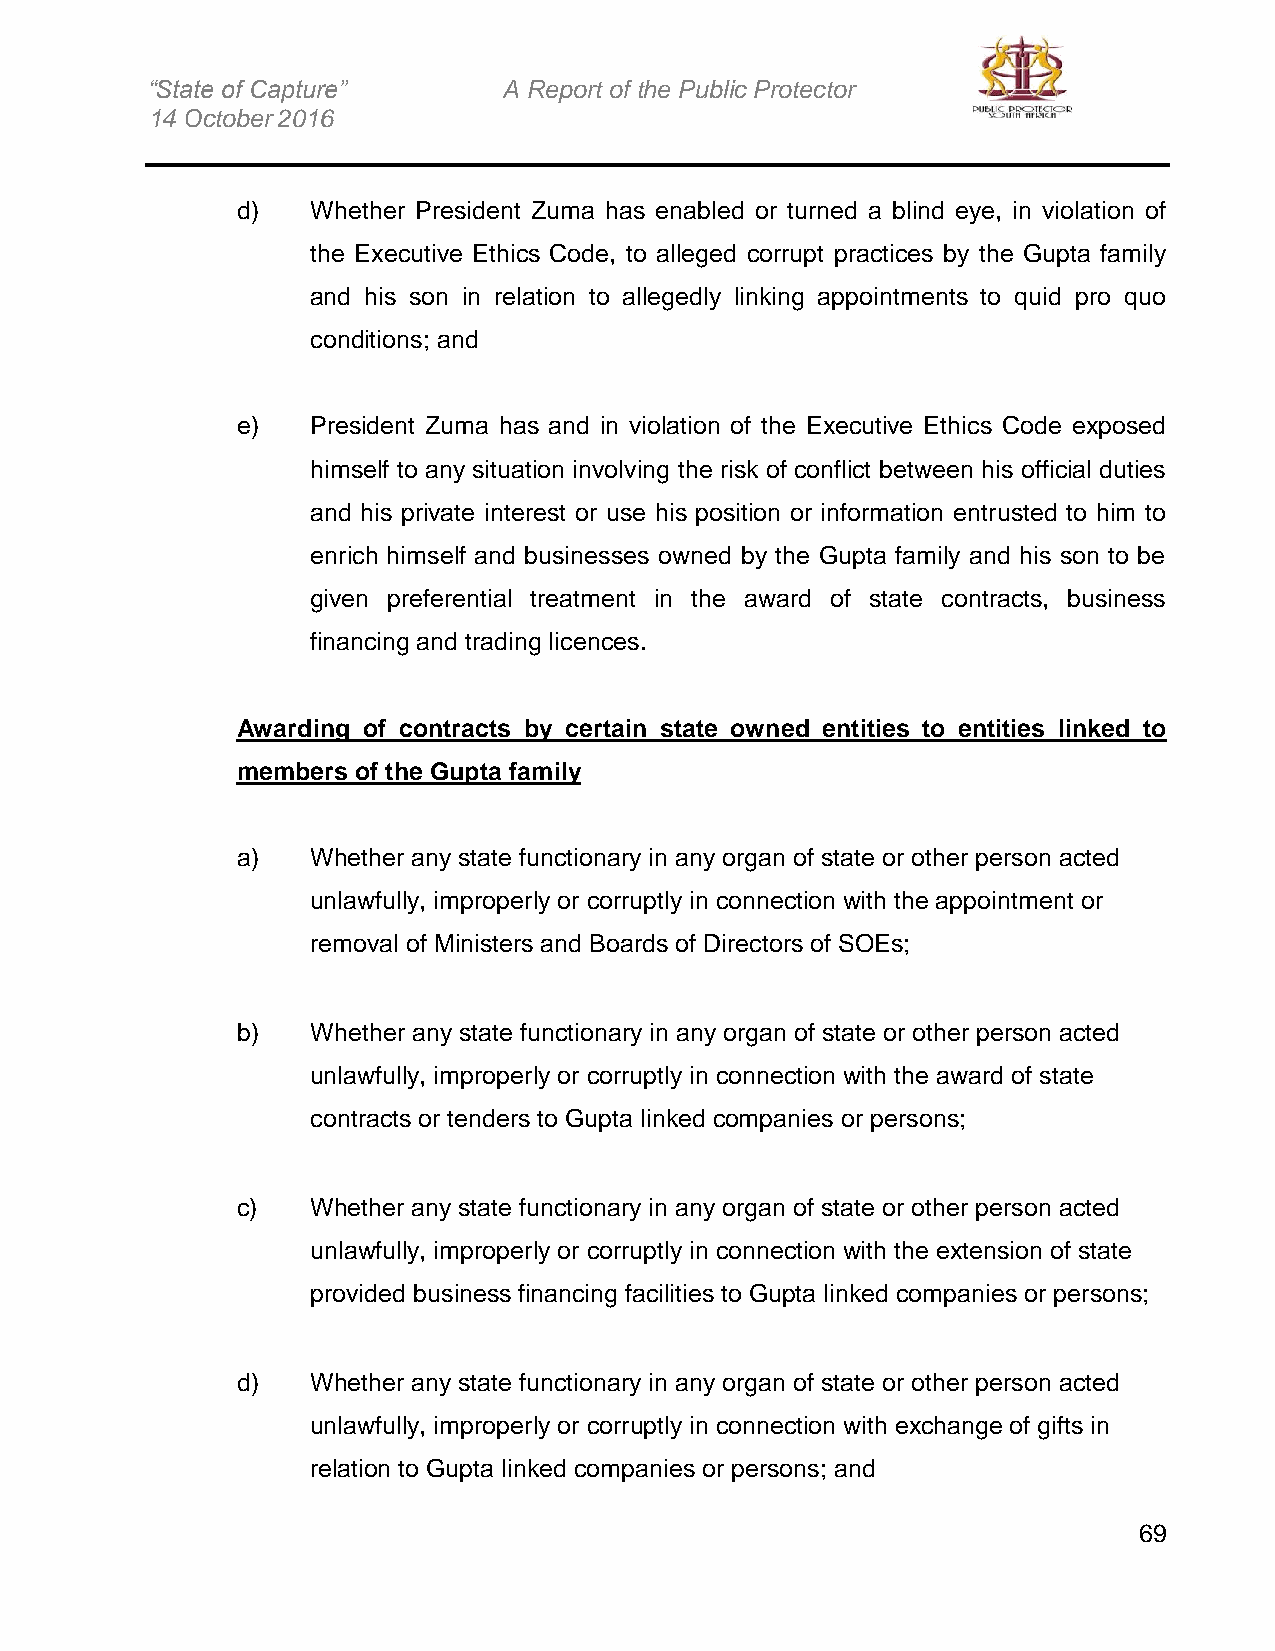
“State of Capture”     A Report of the Public Protector
 14 October 2016
 d)   Whether President Zuma has enabled or turned a blind eye, in violation of
 the Executive Ethics Code, to alleged corrupt practices by the Gupta family
 and his son in relation to allegedly linking appointments to quid pro quo
 conditions; and
 e)   President Zuma has and in violation of the Executive Ethics Code exposed
 himself to any situation involving the risk of conflict between his official duties
 and his private interest or use his position or information entrusted to him to
 enrich himself and businesses owned by the Gupta family and his son to be
 given preferential treatment in the award of state contracts, business
 financing and trading licences.
 Awarding of contracts by certain state owned entities to entities linked to
 members of the Gupta family
 a)   Whether any state functionary in any organ of state or other person acted
 unlawfully, improperly or corruptly in connection with the appointment or
 removal of Ministers and Boards of Directors of SOEs;
 b)   Whether any state functionary in any organ of state or other person acted
 unlawfully, improperly or corruptly in connection with the award of state
 contracts or tenders to Gupta linked companies or persons;
 c)   Whether any state functionary in any organ of state or other person acted
 unlawfully, improperly or corruptly in connection with the extension of state
 provided business financing facilities to Gupta linked companies or persons;
 d)   Whether any state functionary in any organ of state or other person acted
 unlawfully, improperly or corruptly in connection with exchange of gifts in
 relation to Gupta linked companies or persons; and
 69